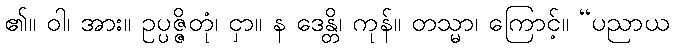
၏။ ဝါ၊ အား။ ဥပ္ပဇ္ဇိတုံ၊ ငှာ။ န ဒေန္တိ၊ ကုန်။ တသ္မာ၊ ကြောင့်။ “ပညာယ